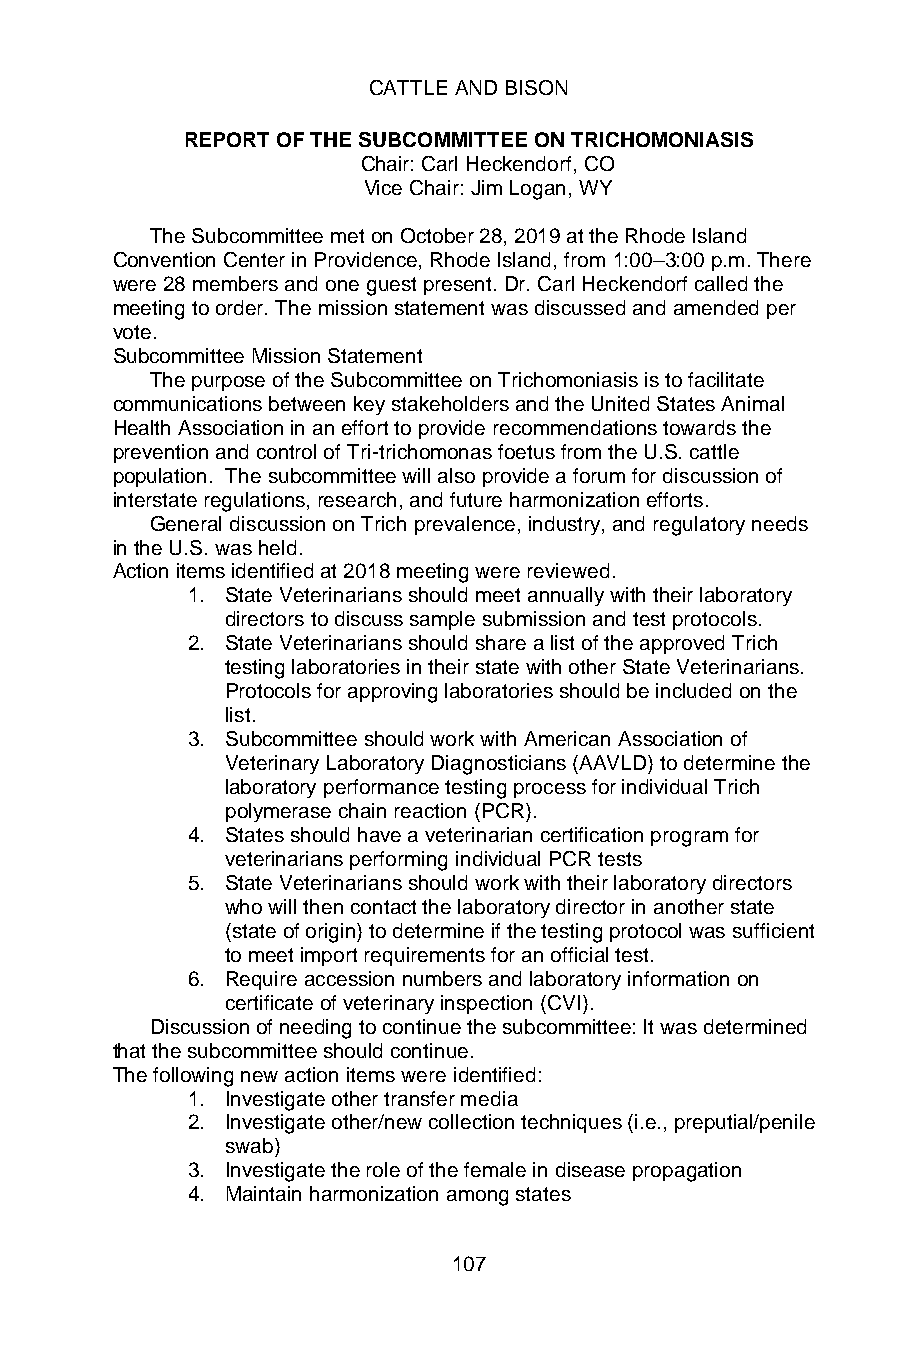
CATTLE AND BISON
 REPORT OF THE SUBCOMMITTEE ON TRICHOMONIASIS
 Chair: Carl Heckendorf, CO
 Vice Chair: Jim Logan, WY
 The Subcommittee met on October 28, 2019 at the Rhode Island
 Convention Center in Providence, Rhode Island, from 1:00–3:00 p.m. There
 were 28 members and one guest present. Dr. Carl Heckendorf called the
 meeting to order. The mission statement was discussed and amended per
 vote.
 Subcommittee Mission Statement
 The purpose of the Subcommittee on Trichomoniasis is to facilitate
 communications between key stakeholders and the United States Animal
 Health Association in an effort to provide recommendations towards the
 prevention and control of Tri-trichomonas foetus from the U.S. cattle
 population. The subcommittee will also provide a forum for discussion of
 interstate regulations, research, and future harmonization efforts.
 General discussion on Trich prevalence, industry, and regulatory needs
 in the U.S. was held.
 Action items identified at 2018 meeting were reviewed.
 1. State Veterinarians should meet annually with their laboratory
 directors to discuss sample submission and test protocols.
 2. State Veterinarians should share a list of the approved Trich
 testing laboratories in their state with other State Veterinarians.
 Protocols for approving laboratories should be included on the
 list.
 3. Subcommittee should work with American Association of
 Veterinary Laboratory Diagnosticians (AAVLD) to determine the
 laboratory performance testing process for individual Trich
 polymerase chain reaction (PCR).
 4. States should have a veterinarian certification program for
 veterinarians performing individual PCR tests
 5. State Veterinarians should work with their laboratory directors
 who will then contact the laboratory director in another state
 (state of origin) to determine if the testing protocol was sufficient
 to meet import requirements for an official test.
 6. Require accession numbers and laboratory information on
 certificate of veterinary inspection (CVI).
 Discussion of needing to continue the subcommittee: It was determined
 that the subcommittee should continue.
 The following new action items were identified:
 1. Investigate other transfer media
 2. Investigate other/new collection techniques (i.e., preputial/penile
 swab)
 3. Investigate the role of the female in disease propagation
 4. Maintain harmonization among states
 107